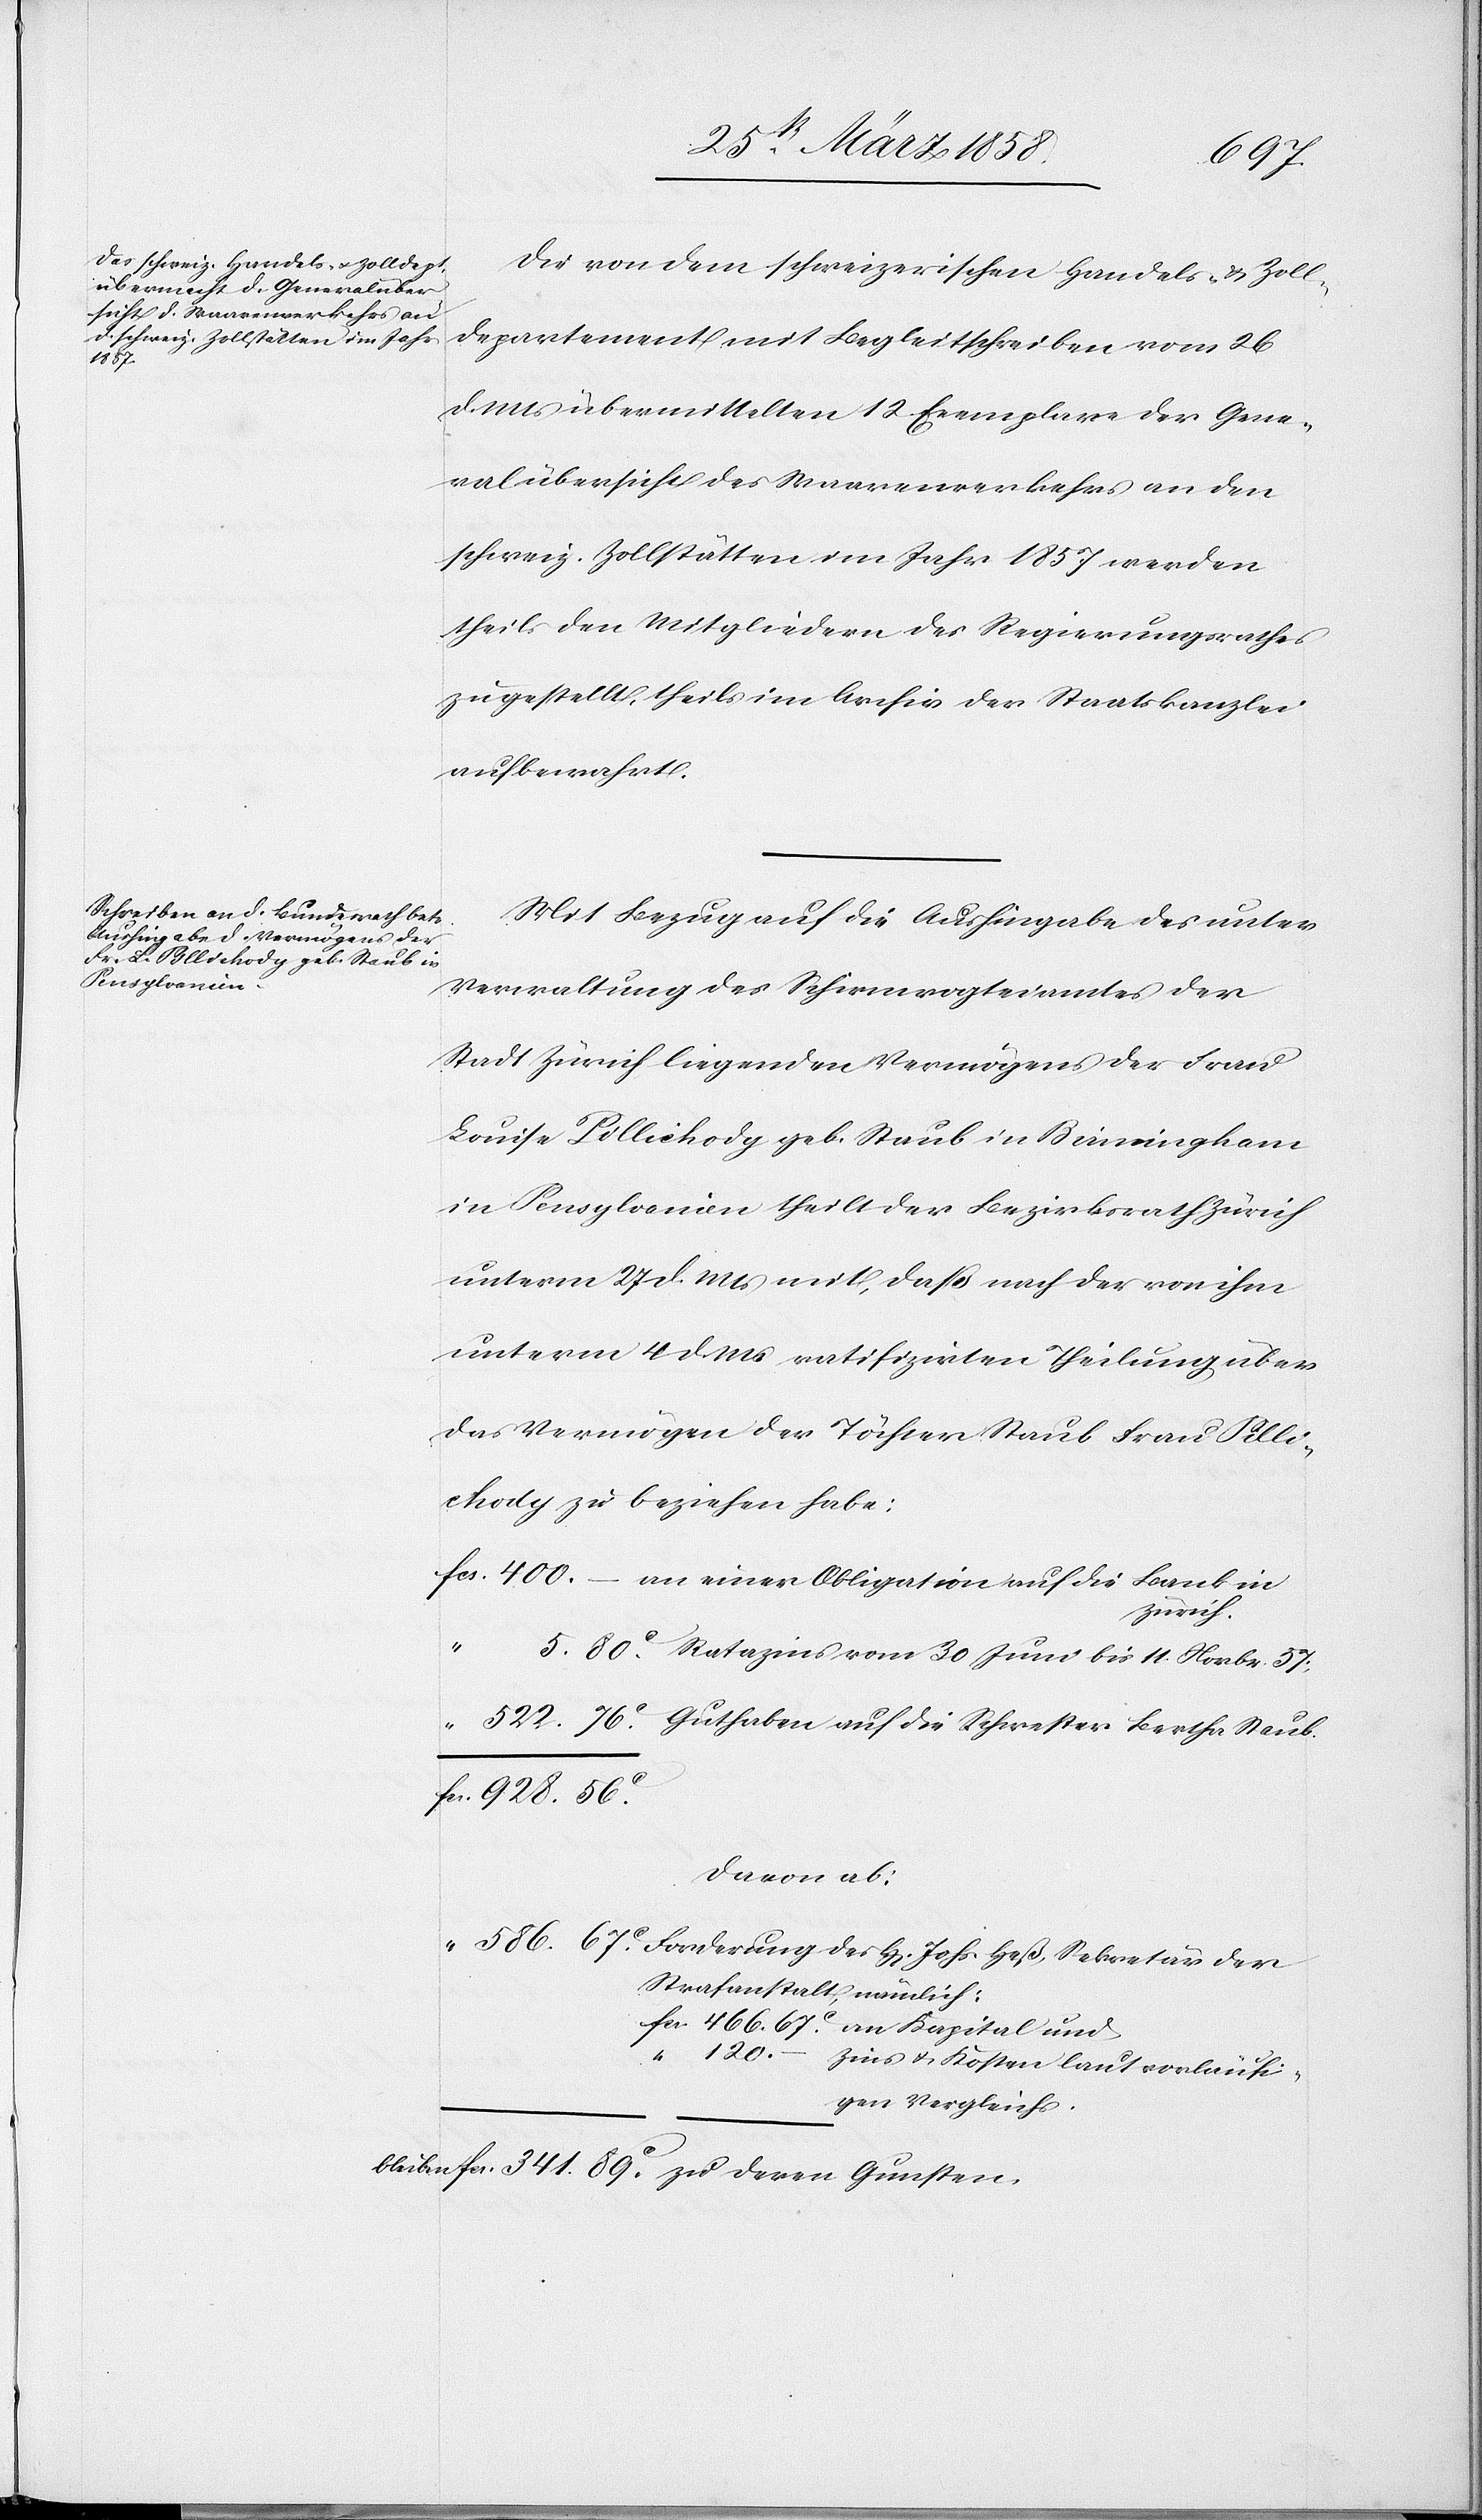
120

den 30. März 1858.]
341
Die von dem schweizerischen Handels- u. Zoll¬
departement mit Begleitschreiben vom 26.
d. Mts. übermittelten 12 Exemplare der Gene¬
ralübersicht des Waarenverkehrs an den
schweiz. Zollstätten im Jahr 1857 werden
theils den Mitgliedern des Regierungsrathes
zugestellt, theils im Archiv der Staatskanzlei
aufbewahrt.
Mit Bezug auf die Aushingabe des unter
Verwaltung des Schirmvogteiamtes der
Stadt Zürich liegenden Vermögens der Frau
Louise Pillichody geb. Staub in Birmingham
in Pensylvanien theilt der Bezirksrath Zürich
unterm 27. d. Mts. mit, daß nach der von ihm
unterm 4. d. Ms. ratifizirten Theilung über
das Vermögen der Töchter Staub Frau Pilli¬
chody zu beziehen habe:
Zürich.
5
davon ab:
Strafanstalt, nämlich:
30.
Zins u. Kosten laut vorläufi¬
gen Vergleichs